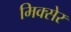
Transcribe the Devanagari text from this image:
मिक्सेर